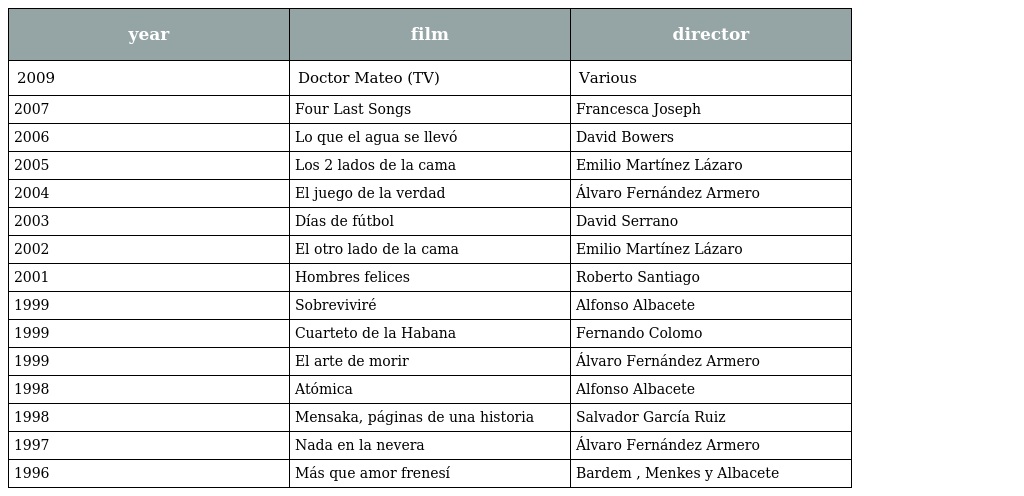
| year | film | director |
 | --- | --- | --- |
 | 2009 | Doctor Mateo (TV) | Various |
 | 2007 | Four Last Songs | Francesca Joseph |
 | 2006 | Lo que el agua se llevó | David Bowers |
 | 2005 | Los 2 lados de la cama | Emilio Martínez Lázaro |
 | 2004 | El juego de la verdad | Álvaro Fernández Armero |
 | 2003 | Días de fútbol | David Serrano |
 | 2002 | El otro lado de la cama | Emilio Martínez Lázaro |
 | 2001 | Hombres felices | Roberto Santiago |
 | 1999 | Sobreviviré | Alfonso Albacete |
 | 1999 | Cuarteto de la Habana | Fernando Colomo |
 | 1999 | El arte de morir | Álvaro Fernández Armero |
 | 1998 | Atómica | Alfonso Albacete |
 | 1998 | Mensaka, páginas de una historia | Salvador García Ruiz |
 | 1997 | Nada en la nevera | Álvaro Fernández Armero |
 | 1996 | Más que amor frenesí | Bardem , Menkes y Albacete |